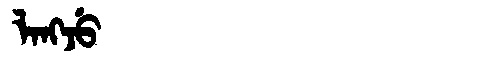
Manchu: ᠯᠠᠩᠵᡠ
Romanization: LANGJU